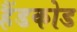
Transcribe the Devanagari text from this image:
हैंडकोड